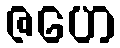
ဇဟေ